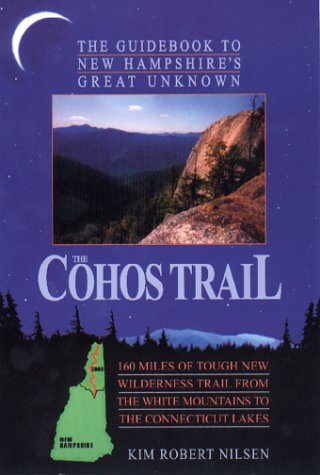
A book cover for The Cohos Trail: The Guidebook to New Hampshire's Great Unknown; Kim Robert Nilsen; Travel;